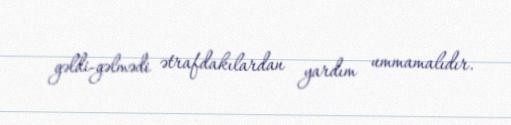
gəldi-gəlmədi ətrafdakılardan yardım ummamalıdır.